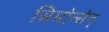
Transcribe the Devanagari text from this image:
सिमोन्सेन्